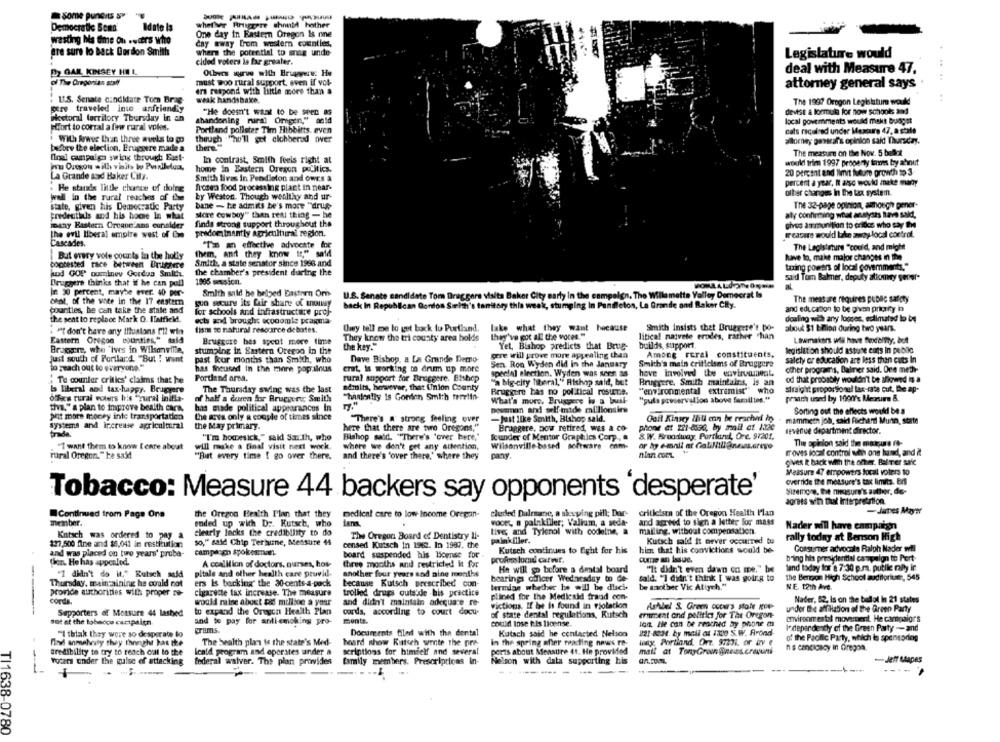
Democratic Bona
Idate la
whether Friggere should hother
One day In Eastern Oregon Is one
wasting his time on .wcers who
day away from western counties,
are sure lo back Gordon Smith
where the potential to snag unde
Legislature would
cided voters is far greater.
2) GAR KINSEY HOL
Others wurw with Brugwwe: Hu
deal with Measure 47.
of The Gregorian stal
must woo rural support, even if vol-
attorney general says
era respond with little more than a
. U.S. Senate candidate Tom Brag-
weak handshake.
The 1987 Oregon Legislatur would
pere traveled into anfriendly
"He doesn't want to be Seen as
devist a formula for now schools and
Hoetoral territory Thursday In an
Effort to corral a few rural voles.
shandoning riral Origen," antd
local governments would makt Budget
Portland pollster Tim Hibbitts, even
cats required under Mestre 47, a stale
.With frwus than three avels to go
though "ho'll get alohbered over
silomey pasarsf's opinion said Thursday,
before the election, Eruggere made a
there."
The measure on the Nov. 5 ballot
Inal cunpain swing through Eust-
In contrast. Smith feels right at
would trim 1997 property termes by ahnut
pou Ortsou with visits bo Poralletuas
home in Eastern Oregon politics.
La Grande and Baker City.
Smith lives in Pendleton and owes a
20 percent and limit future growth to 3
percent a year, It also would make many
. He stands little chance of doing
frozen food processing plant in near-
other charges In the tax system.
well in the rural reaches of the
by Weston. Though wealthy and ur-
state, given his Democratic Party
bane - he admits he's more "druk
The 32-page opinion, although gener-
credentials and his hocae In what
More Cowboy" then real thing - he
aly confirming what analyses have said,
finds strong support throughout the
inany Bastern Oregon ans consider
gives ammunition to erides who say the
the evil liberal empire west of Cm
predominantly agricultural region.
measure would take away local control.
Cascades.
them, and they know tr," said
"Ta an effective advocate for
The Legislature "could, and might
But every vole courts la the holky
have to, make major changes in the
coptested race between Brugere
Smith, a state senator since 1996 and
taxing powers of local governments."
kod GOP ouminey Gordua Smith
the chamber's president during the
Bruggers thinks that if he can pull
1995 session.
sa'd Tom Balmer, deputy attomey sener-
50 percent, maybe ever. 40 per-
Smith said he helped Eastern Orn
U.S. Senate candidate Tom Draggers visita Baker City early in the campaign. The Willamette Valley Democrat Is
chat, of the vote in the 17 eastern
guo secure its fair share of anoisy
back In Republican Gordon Surith's tanitory this week, stumging In Panfletos, La Grande and Baker City.
The meas are requires public safety
counties, he can take the state and
for schools and infrastructure proj-
and education to be given priory in
the sent to replace Mark O. Ilatfick.
dealing with any losses, estimated lo boy
ects and brought economie pragma
Owy tell me to get back to Portisind.
Smith Insists thet Druggere's po-
. Pt don't have any Illusions I'll win
tisme se natural rescarce debates.
lake what they want because
about $1 bion during two years.
Eastern Oregon counties," said
Brugcore bes spent more time
They know the tri county area holds
they've got all the voces."
litical naivete erodes, rather han
Lawmakers will have Sexdelfty, bett
Bragaere, whe 'Iws in Wilsonville,
the key."
Yet, Bishop predicts that Brug-
builds, support.
legislation should astute cuts In public
stumplog in Eastern Oregon in the
gere will prove more appealing than
Among rural constituents,
Just south of Portland. "But ! want
past four months than Smith, who
Dave Bishop, a La Grande Derno-
Smith's main criticisms of Bruggere
salety or education are less than cuts In
To reach out to everyone."
has theused in the mine popralous
erat, is working o drum up more
Sen Ron Wyden did in the January
other programs, Balner said. One methr
To counter critics' claims that he
Portland arsa.
rural support for Bruggere. Bishop
special election. Wyden was seen as
hove involved the envirvamet.
od that probably wouldn't be afiomed in a
"a big-city liberal," Aishop said, but
Bruggere. Smith maintains, is an
Is literal and tax-happy. Brugere
The Thursday swing was the last
admits, however, that Union County
Brugiere has no pol tical resurse.
"environmental extremist" who
straight proporsonul las-rate cut, the ap-
office rural voters bris "rural initia-
of half a deren for Bruggerer Smith
"hastently is Gordon Smith tereiin-
What's more, Bruggers lo a busi-
"yuls preservallos above families."
prach tand by 1000's Meorum B.
the," a plan to improve bealth cara
has made political appearances In
Douman and oelf mide millionsirs
pat more money inte transportation
Che azva only a couple of times since
Sorting out the effects would be a
"There's a strong feeling over
-Just like Smith, Bishop sald.
Ooit Kinsey Mill enn be reachwi in
mammetn job, sald Richard Munn, state
systems and increase agricultural
the May primary.
here that there are two Oregons,"
Braggere, now retired, was a co-
phone at 221-dss0, by mail at 13de
revenue department director.
"I'm homesick," said San.th, who
Bishop said. "There's 'over bere,"
Icunder of Mentor Graphics Corp .,
8.W. Broadway, Portland, Ore. 97201.
"I want them to know [ care a
where we don't get any attention,
Wilsonville-based software com-
The opinion said the motune ff-
will make a final visit next work.
groves local control with ons hand, and it
rural Oregon," he said
"But every time I go over there. and there's 'over there," where they
pany.
gives R back with the offer. Bal Ter sale
Measure 47 empowers focal voters 10
override the measure's tax limits. Er
Tobacco: Measure 44 backers say opponents 'desperate'
Sizemore, the measure's author, de-
sorts with that Interpretation.
the Oregon Health Plan that they
cluded Dalname, a skyping pill; Der-
critleisen of the Oregon Health Plan
-Janes Mayer
Continued from Page One
medical care to low-Income Oregan-
member.
ended up with D :. Kutsch, who
woort, a painkiller; Valium, a seda-
and agreed to sign a letter for mass
Nader will have campaign
Kutsch was ordered to pay a
clearly lacks the credibility to do
lives and Tylenol with codeine, a
mailing, without compensation.
so," said Chip Terhune, Mensure 44
The Oregon Board of Dentistry Il-
painkiller.
Kutsch said it never occurred tu
rally today at Benson High
12,500 fine and $5,041 in restitution
censed Kutsch In 1962. In 1989, the
Kutsch continues to fight for his
him that his convictions would be-
Consumer advocate Ralph Nader wil
and was placed on two years' pruba-
campason spokesman.
board suspended his license for
then. He has appealed.
A coalition of doctors, ourses, hos-
three months and restricted it for
profras lond carwir.
cume an Issue.
bring his presidential campaign to Port-
He will go before a dental board
"It didn't even dawn on me." but
land today for a 7:30 p.m. putile rally in
"7 didn't do it," Rutsch seid
pitale and other health care provid-
another four years and nine months
hearings officer Wednesday to de-
said: "I didn't think [ was goir.g to
the Benon High School auditorium, 545
Thursday, maintaining he could not
ers Is backing the 30-cents-a-pack
because Kutsch prescribed con-
termins whether be will be disci-
be another Vic Atiych."
NE. 12th Ave.
provide authorities with proper no-
cigarette tax increase. The measure
trolled drugs outside -bis practice
cora.
would raine about tis million a year
and didn't maintain arkequare re-
plined for the Medicaid frand con-
Nader, 62, Is on the ballot In 21 states
victions. If he is found in violation
Ashbel S. Gram occurs stole Rue
under the affiliation of the Green Party
Supporters of Measure 44 lashed
to expand the Oregon Health Plan
cor'ds, according to court docu-
of state dental regulations, Kutsch
erment and politics for The Oregon-
sot at the tobacco cartpaien.
and to pay for anti-emcking pro-
mente.
could lose his license.
tort. He can be reached by phone m
environmental movement. He carpaior's
Erams.
Independently of the Green Party -and
"I think they were so desperate lo
Documents tiled with the dental
Kutsch said he contacted Nelson
821-6234, by mail at 1320 S. W. Arond
of the Pacific Party, which is sponsoring
fyl anmelvity they thonghr has the
The health plan is the state's Med-
board show Rutsch wrote the pre-
in the spring affer nokting news re-
way Portland, Orr. 91271, or inv e
Credibility to try to reach out to the
Icald program and operates under a
scriptions for himielf and several
ports about Measure 41. He provided
mail at TonyGrom @nes.craveni
ns conciosoy in Oregon.
Voters under the pulse of attacking
family members. Prescriptions in-
Nelson with data supporting his
-Jeff Mapes
federal waiver. The plan provides
----
------ -
TI1638-0780